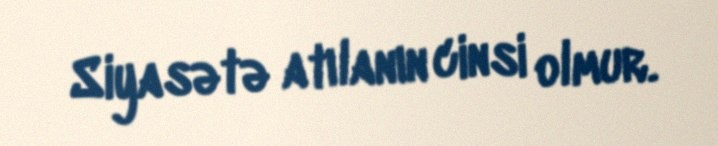
Siyasətə atılanın cinsi olmur.